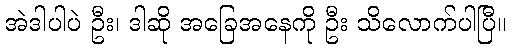
အဲဒါပါပဲ ဦး၊ ဒါဆို အခြေအနေကို ဦး သိလောက်ပါပြီ။